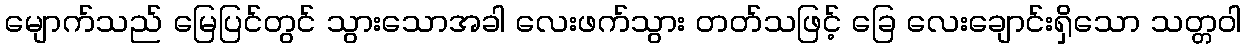
မျောက်သည် မြေပြင်တွင် သွားသောအခါ လေးဖက်သွား တတ်သဖြင့် ခြေ လေးချောင်းရှိသော သတ္တဝါ